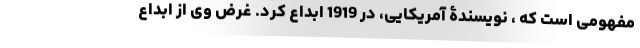
مفهومی است که ، نویسندۀ آمریکایی، در 1919 ابداع کرد. غرض وی از ابداع